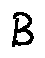
B